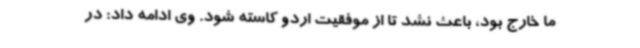
ما خارج بود، باعث نشد تا از موفقیت اردو کاسته شود. وی ادامه داد: در